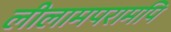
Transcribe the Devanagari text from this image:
लीलामपरामपि